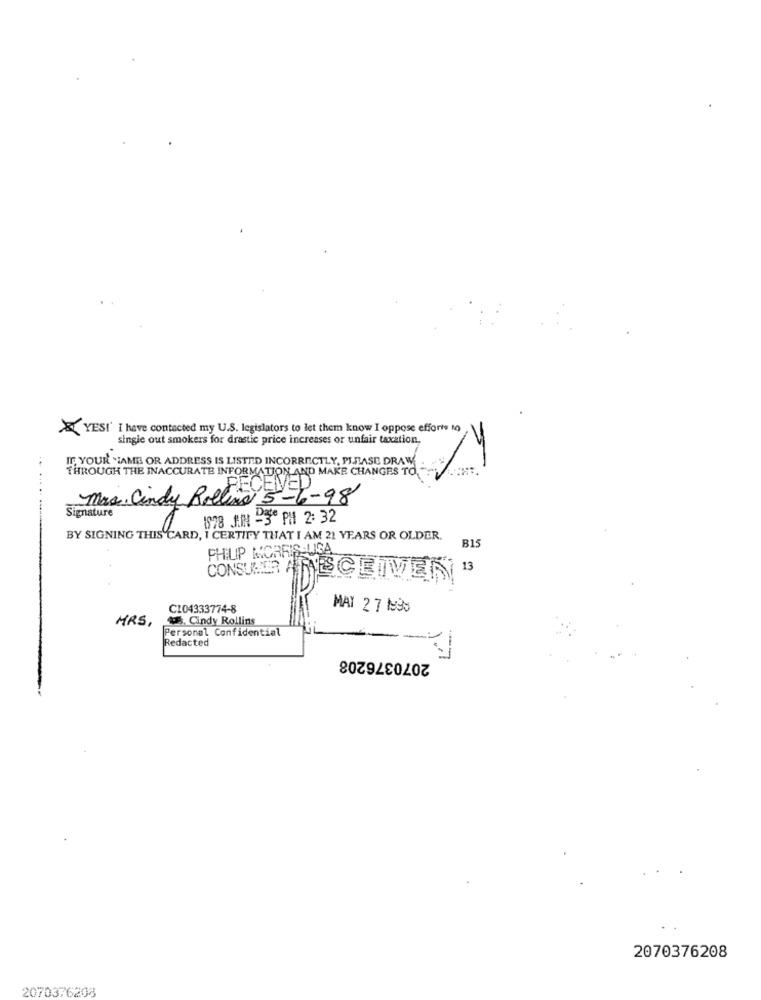
&YES!' I have contacted my U.S. legislators to let them know I oppose efforts to
single out smokers for drastic price increases or unfair taxation.
IF YOUR NAME OR ADDRESS IS LISTED INCORRECTLY, PLEASE DRAW
THROUGH THE INACCURATE INFORMATION AND MAKE CHANGES TO. ".
.......
Mrs . Cindy Rolling
Signature
1978 JIN -30 PM 2:32
BY SIGNING THIS CARD, I CERTIFY THAT I AM 21 YEARS OR OLDER.
B15
PHILIP MORRIS L
13
CONSUMER A RESCLIVEIN
C104333774-8
MAY 2 7 N95
MRS.
. Cindy Rollins
Personal Confidential
Redacted
2070376208
2070376208
2070376208